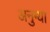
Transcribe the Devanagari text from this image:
अनुग्या